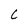
Character: c